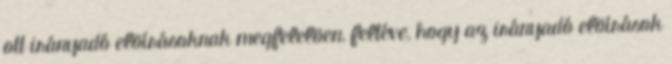
ott irányadó elõírásoknak megfelelõen, feltéve, hogy az irányadó elõírások